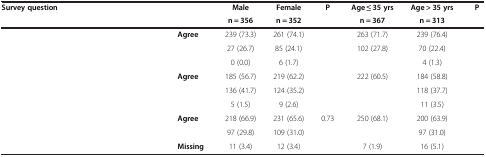
<table><thead><tr><td><b>Survey question</b></td><td>[EMPTY_CELL]</td><td><b>Male</b></td><td><b>Female</b></td><td><b>P</b></td><td><b>Age ≤ 35 yrs</b></td><td><b>Age &gt; 35 yrs</b></td><td><b>P</b></td></tr><tr><td>[EMPTY_CELL]</td><td>[EMPTY_CELL]</td><td><b>n = 356</b></td><td><b>n = 352</b></td><td>[EMPTY_CELL]</td><td><b>n = 367</b></td><td><b>n = 313</b></td><td>[EMPTY_CELL]</td></tr></thead><tbody><tr><td rowspan="3">[EMPTY_CELL]</td><td><b>Agree</b></td><td>239 (73.3)</td><td>261 (74.1)</td><td>[EMPTY_CELL]</td><td>263 (71.7)</td><td>239 (76.4)</td><td rowspan="3">[EMPTY_CELL]</td></tr><tr><td>[EMPTY_CELL]</td><td>27 (26.7)</td><td>85 (24.1)</td><td>[EMPTY_CELL]</td><td>102 (27.8)</td><td>70 (22.4)</td></tr><tr><td>[EMPTY_CELL]</td><td>0 (0.0)</td><td>6 (1.7)</td><td>[EMPTY_CELL]</td><td>[EMPTY_CELL]</td><td>4 (1.3)</td></tr><tr><td rowspan="3">[EMPTY_CELL]</td><td><b>Agree</b></td><td>185 (56.7)</td><td>219 (62.2)</td><td>[EMPTY_CELL]</td><td>222 (60.5)</td><td>184 (58.8)</td><td rowspan="3">[EMPTY_CELL]</td></tr><tr><td>[EMPTY_CELL]</td><td>136 (41.7)</td><td>124 (35.2)</td><td>[EMPTY_CELL]</td><td>[EMPTY_CELL]</td><td>118 (37.7)</td></tr><tr><td>[EMPTY_CELL]</td><td>5 (1.5)</td><td>9 (2.6)</td><td>[EMPTY_CELL]</td><td>[EMPTY_CELL]</td><td>11 (3.5)</td></tr><tr><td rowspan="2">[EMPTY_CELL]</td><td><b>Agree</b></td><td>218 (66.9)</td><td>231 (65.6)</td><td>0.73</td><td>250 (68.1)</td><td>200 (63.9)</td><td rowspan="2">[EMPTY_CELL]</td></tr><tr><td>[EMPTY_CELL]</td><td>97 (29.8)</td><td>109 (31.0)</td><td>[EMPTY_CELL]</td><td>[EMPTY_CELL]</td><td>97 (31.0)</td></tr><tr><td>[EMPTY_CELL]</td><td><b>Missing</b></td><td>11 (3.4)</td><td>12 (3.4)</td><td>[EMPTY_CELL]</td><td>7 (1.9)</td><td>16 (5.1)</td><td>[EMPTY_CELL]</td></tr></tbody></table>